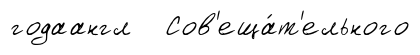
годаангл Сов'еща́т'ельного